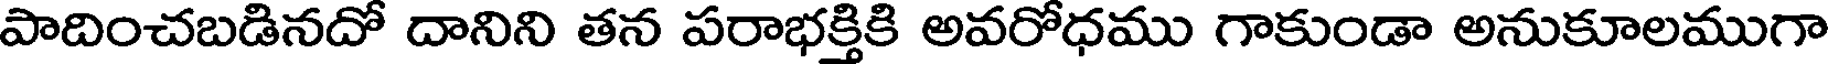
పాదించబడినదో దానిని తన పరాభక్తికి అవరోధము గాకుండా అనుకూలముగా